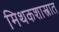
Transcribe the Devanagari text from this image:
मिथकशास्त्रात